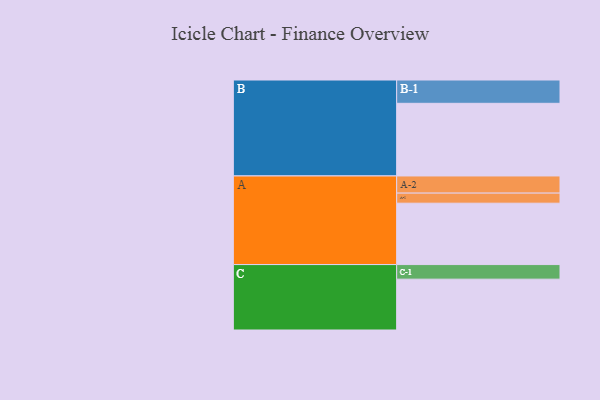
{"axis": {"x": "Segment", "y": "Value"}, "legend": ["", "A", "B", "C"], "data": [{"x": "A", "y": 408, "type": ""}, {"x": "B", "y": 483, "type": ""}, {"x": "C", "y": 338, "type": ""}, {"x": "A-1", "y": 67, "type": "A"}, {"x": "A-2", "y": 114, "type": "A"}, {"x": "B-1", "y": 155, "type": "B"}, {"x": "C-1", "y": 97, "type": "C"}]}